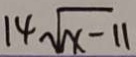
1 4 \sqrt { x - 1 1 }